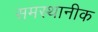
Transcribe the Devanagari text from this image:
समस्थानीक